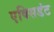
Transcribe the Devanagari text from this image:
एक्सिडंट